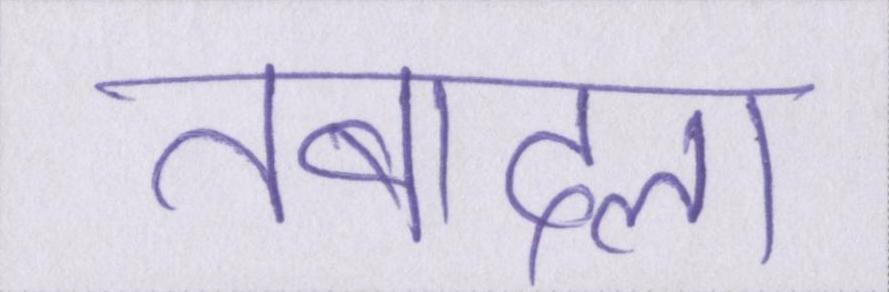
तबादला